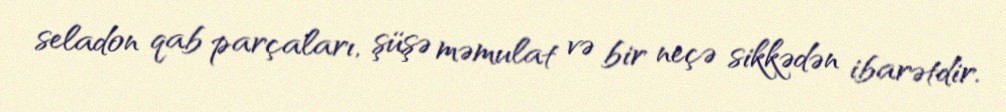
seladon qab parçaları, şüşə məmulat və bir neçə sikkədən ibarətdir.